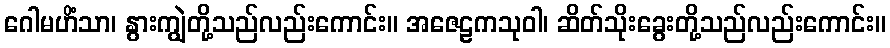
ဂေါမဟိံသာ၊ နွားကျွဲတို့သည်လည်းကောင်း။ အဇေဠကသုဝါ၊ ဆိတ်သိုးခွေးတို့သည်လည်းကောင်း။